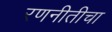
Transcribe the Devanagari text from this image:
रणनीतीचा